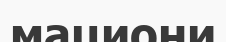
мациони